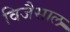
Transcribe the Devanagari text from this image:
विजैसाल